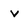
Character: v